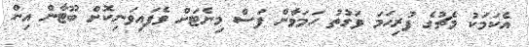
އެކަމަކު މެޗުގެ ފުރިހަމަ ވަގުތު ހަމަވާން ފަސް މިނެޓަށް ވެފައިވަނިކޮށް ބޫޓާން އިން